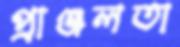
প্রাঞ্জলতা